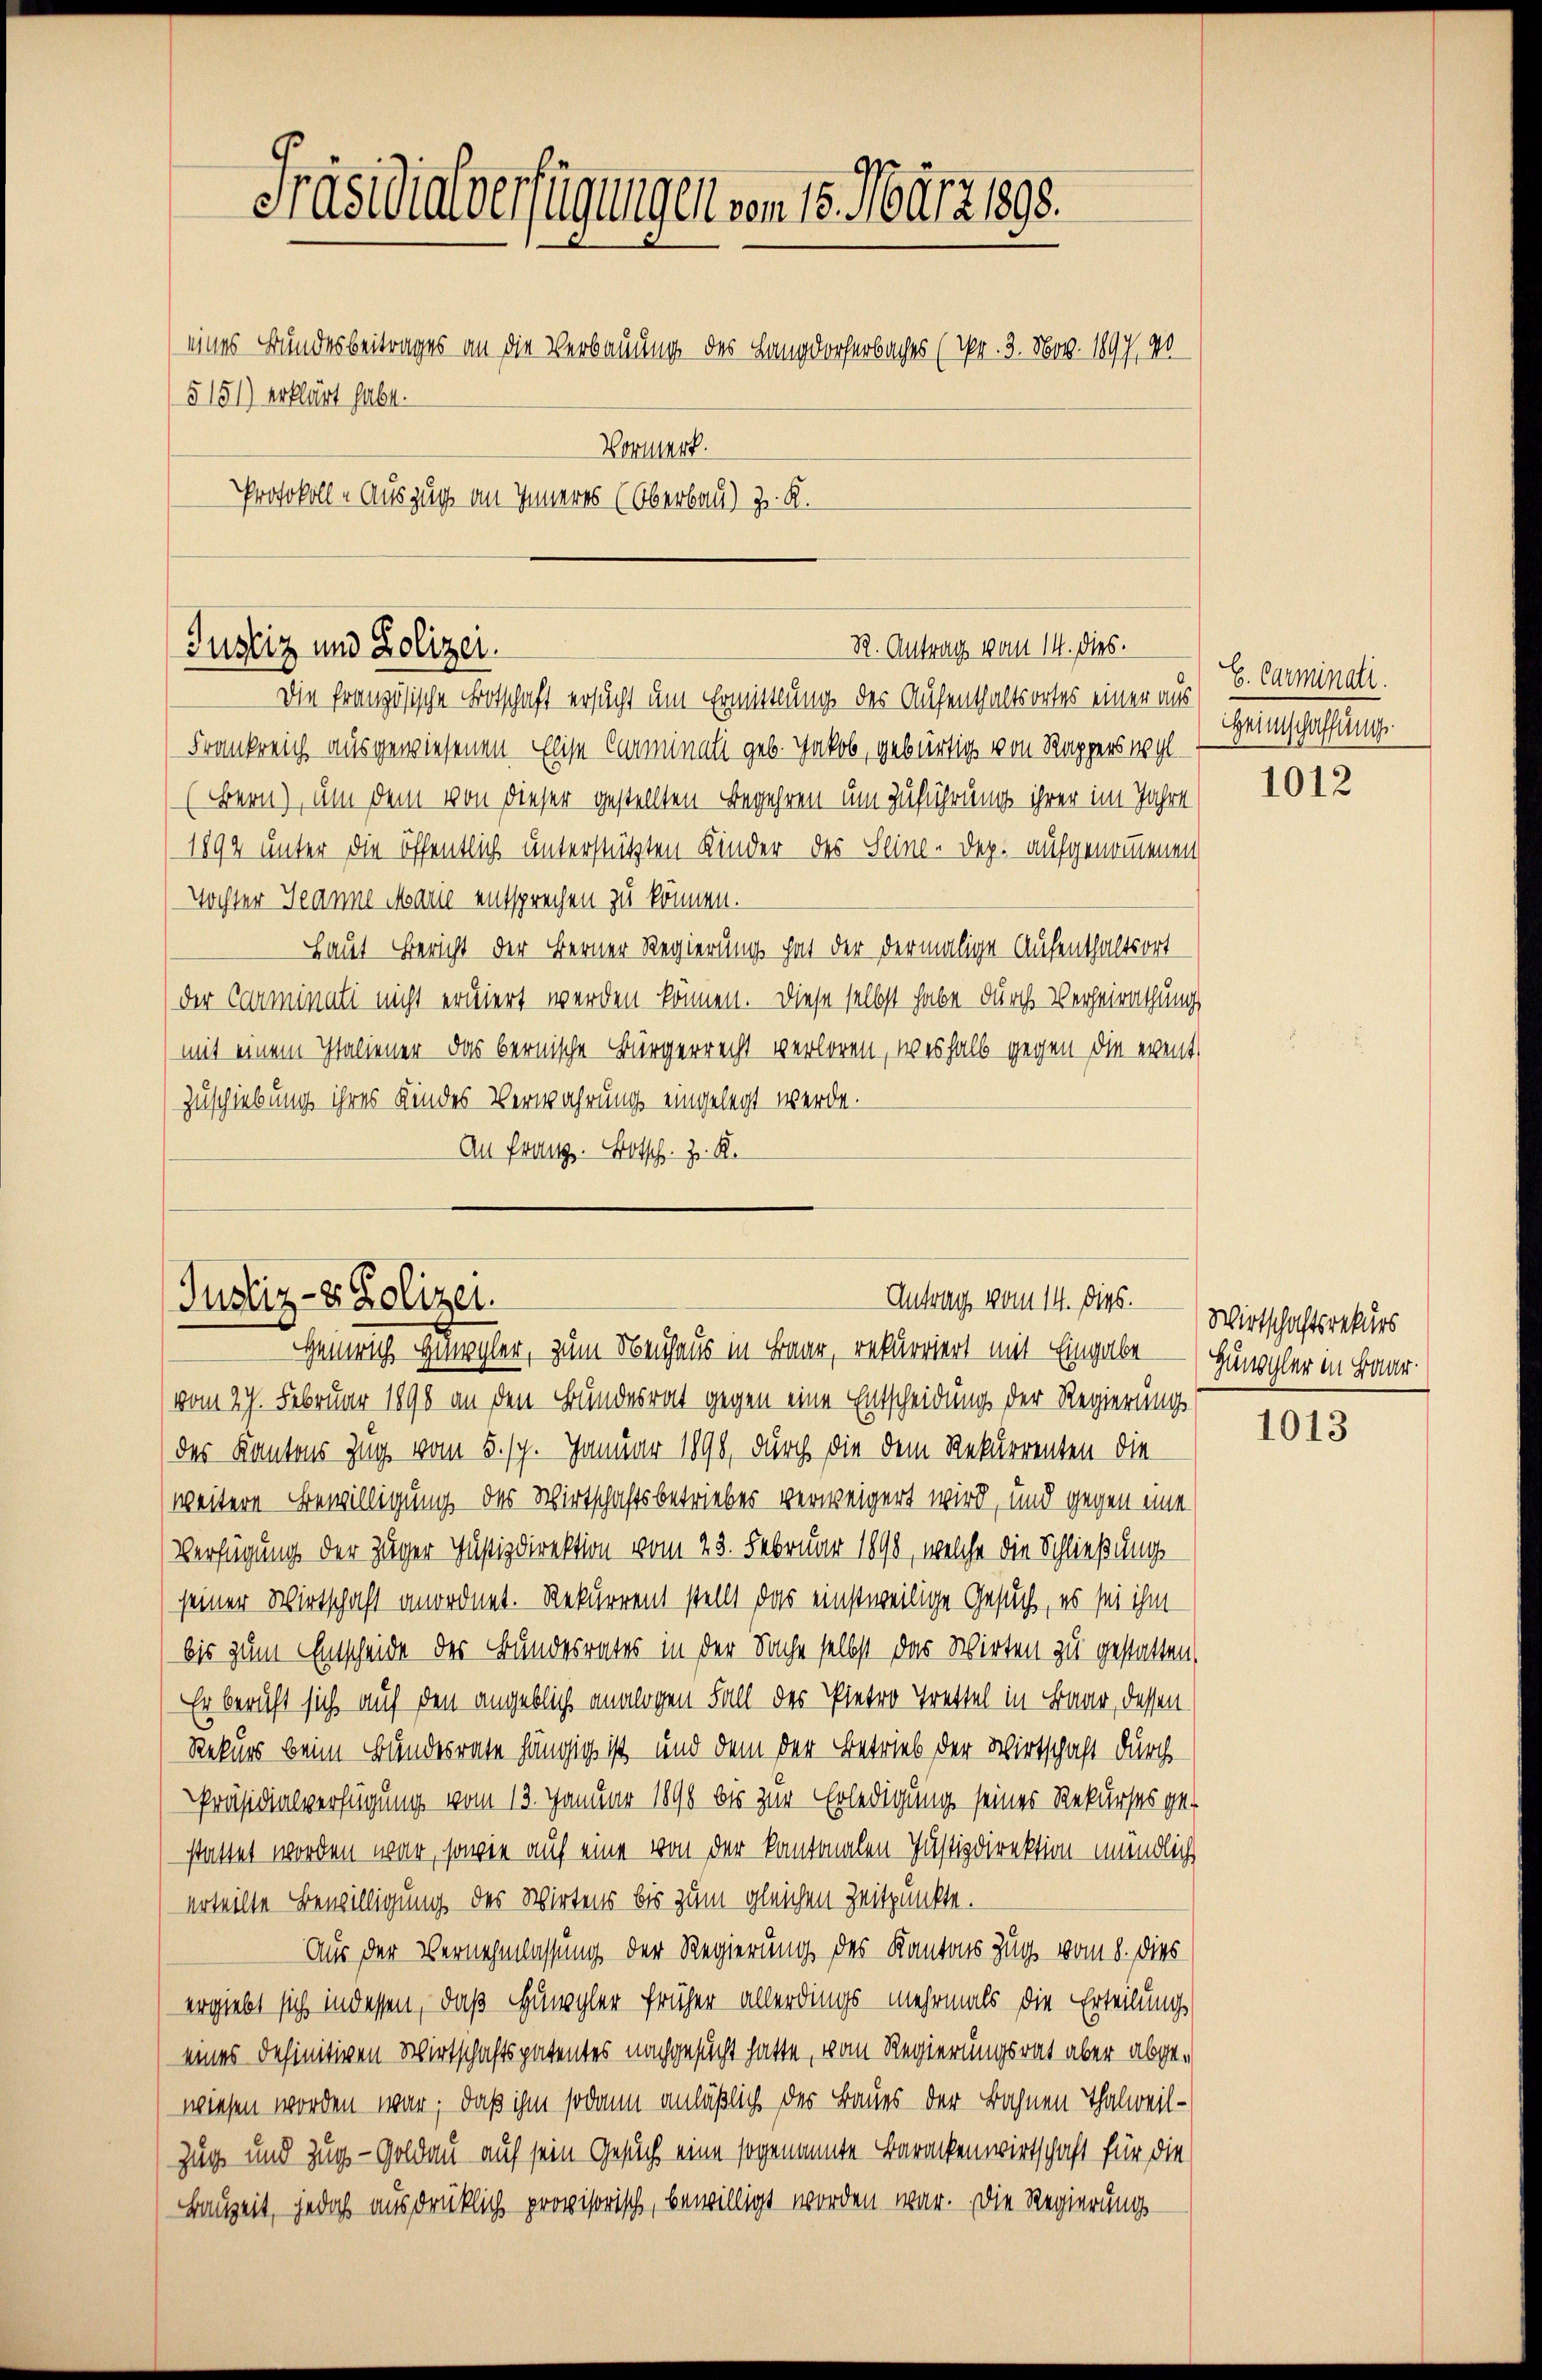
Präsidialverfügungen vom 15. März 1890.
eines Bundesbeitrages an die Verbauung des Langdorferbaches (Nr. 3. Nov. 1897, 40
5151) erklärt habe.
Vorwart.
Protokoll - Auszug an Inneres (Oberbau) z. R.

R. Antrag vom 14. dies.
Justiz und Polizei.

Die französische Botschaft ersucht um Ermittlung des Aufenthaltsortes einer aus E. Carminati
Frankreich ausgewiesenen Elise Carminali geb. Jakob, gebürtig von Rappers wol¬
(Bern), um dem von dieser gestellten Begehren um Zuführung ihrer im Jahre
1894 unter die öffentlich unterstützten Kinder des Seine-Dep. aufgenommenen
Tochter Jeanne Marie entsprechen zu können.
Haut Bericht der Berner Regierung hat der dermalige Aufenthaltsort
der Carminali nicht eruiert werden können. Diese selbst habe durch Verheirathung
mit einem Italiener das bernische Bürgerrecht verloren, weshalb gegen die event
Zuschiebung ihres Kindes Verwahrung eingelegt werde.
An Franz. Botsch. J. K.

Antrag vom 14. Dies.
Justiz- & Polizei.
Heinrich Hungler, zum Neuhaus in Baar, rekurriert mit Eingabe

vom 27. Februar 1890 an den Bundesrat gegen eine Entscheidung der Regierungs
des Kantons Zug vom 5. 19. Januar 1890, durch die dem Rekurrenten die
weitere Bewilligung des Wirtschaftsbetriebes verweigert wird, und gegen eine
Verfügung der Züger Justizdirektion vom 23. Februar 1890, welche die Schließung
seiner Wirtschaft anordnet. Rekurrent stellt das einstweilige Gesuch, es sei ihm
bis zum Entscheide des Bundesrates in der Sache selbst das Wirten zu gestatten,
Er beruft sich auf den angeblich analogen Fall des Pietro Trettel in Baar, dessen
Rekurs beim Bundesrate hängig ist und dem der Betrieb der Wirtschaft durch
Präsidialverfügung vom 13. Januar 1890 bis zur Erledigung seiner Rekurses ge-
stattet worden war, sowie auf eine von der kantonalen Justizdirektion unendlich
urteilte Bewilligung des Wirtens bis zum gleichen Zeitpunkte.
Aus der Vernehmlassung der Regierung des Kantons Zug vom 8. dies
ergiebt sich in dessen, daß Hungler früher allerdings mehrmals die Erteilung
eines definitiven Wirtschaftspatentes nachgesucht hatte, vom Regierungsrat aber abgewiesen worden war, daß ihm sodann anläßlich des Baues der Bahnen Thalweil-
Zug und Zug - Goldau auf sein Gesuch eine sogenannte Barackenwirtschaft für die
Bauzeit, jedoch ausdrücklich provisorisch, bewilligt worden war. Die Regierungs¬

Heinschaffung

1012

Wirtschaftsrekurs
Hünggler in Baar

1013